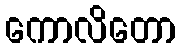
ကောလိတော